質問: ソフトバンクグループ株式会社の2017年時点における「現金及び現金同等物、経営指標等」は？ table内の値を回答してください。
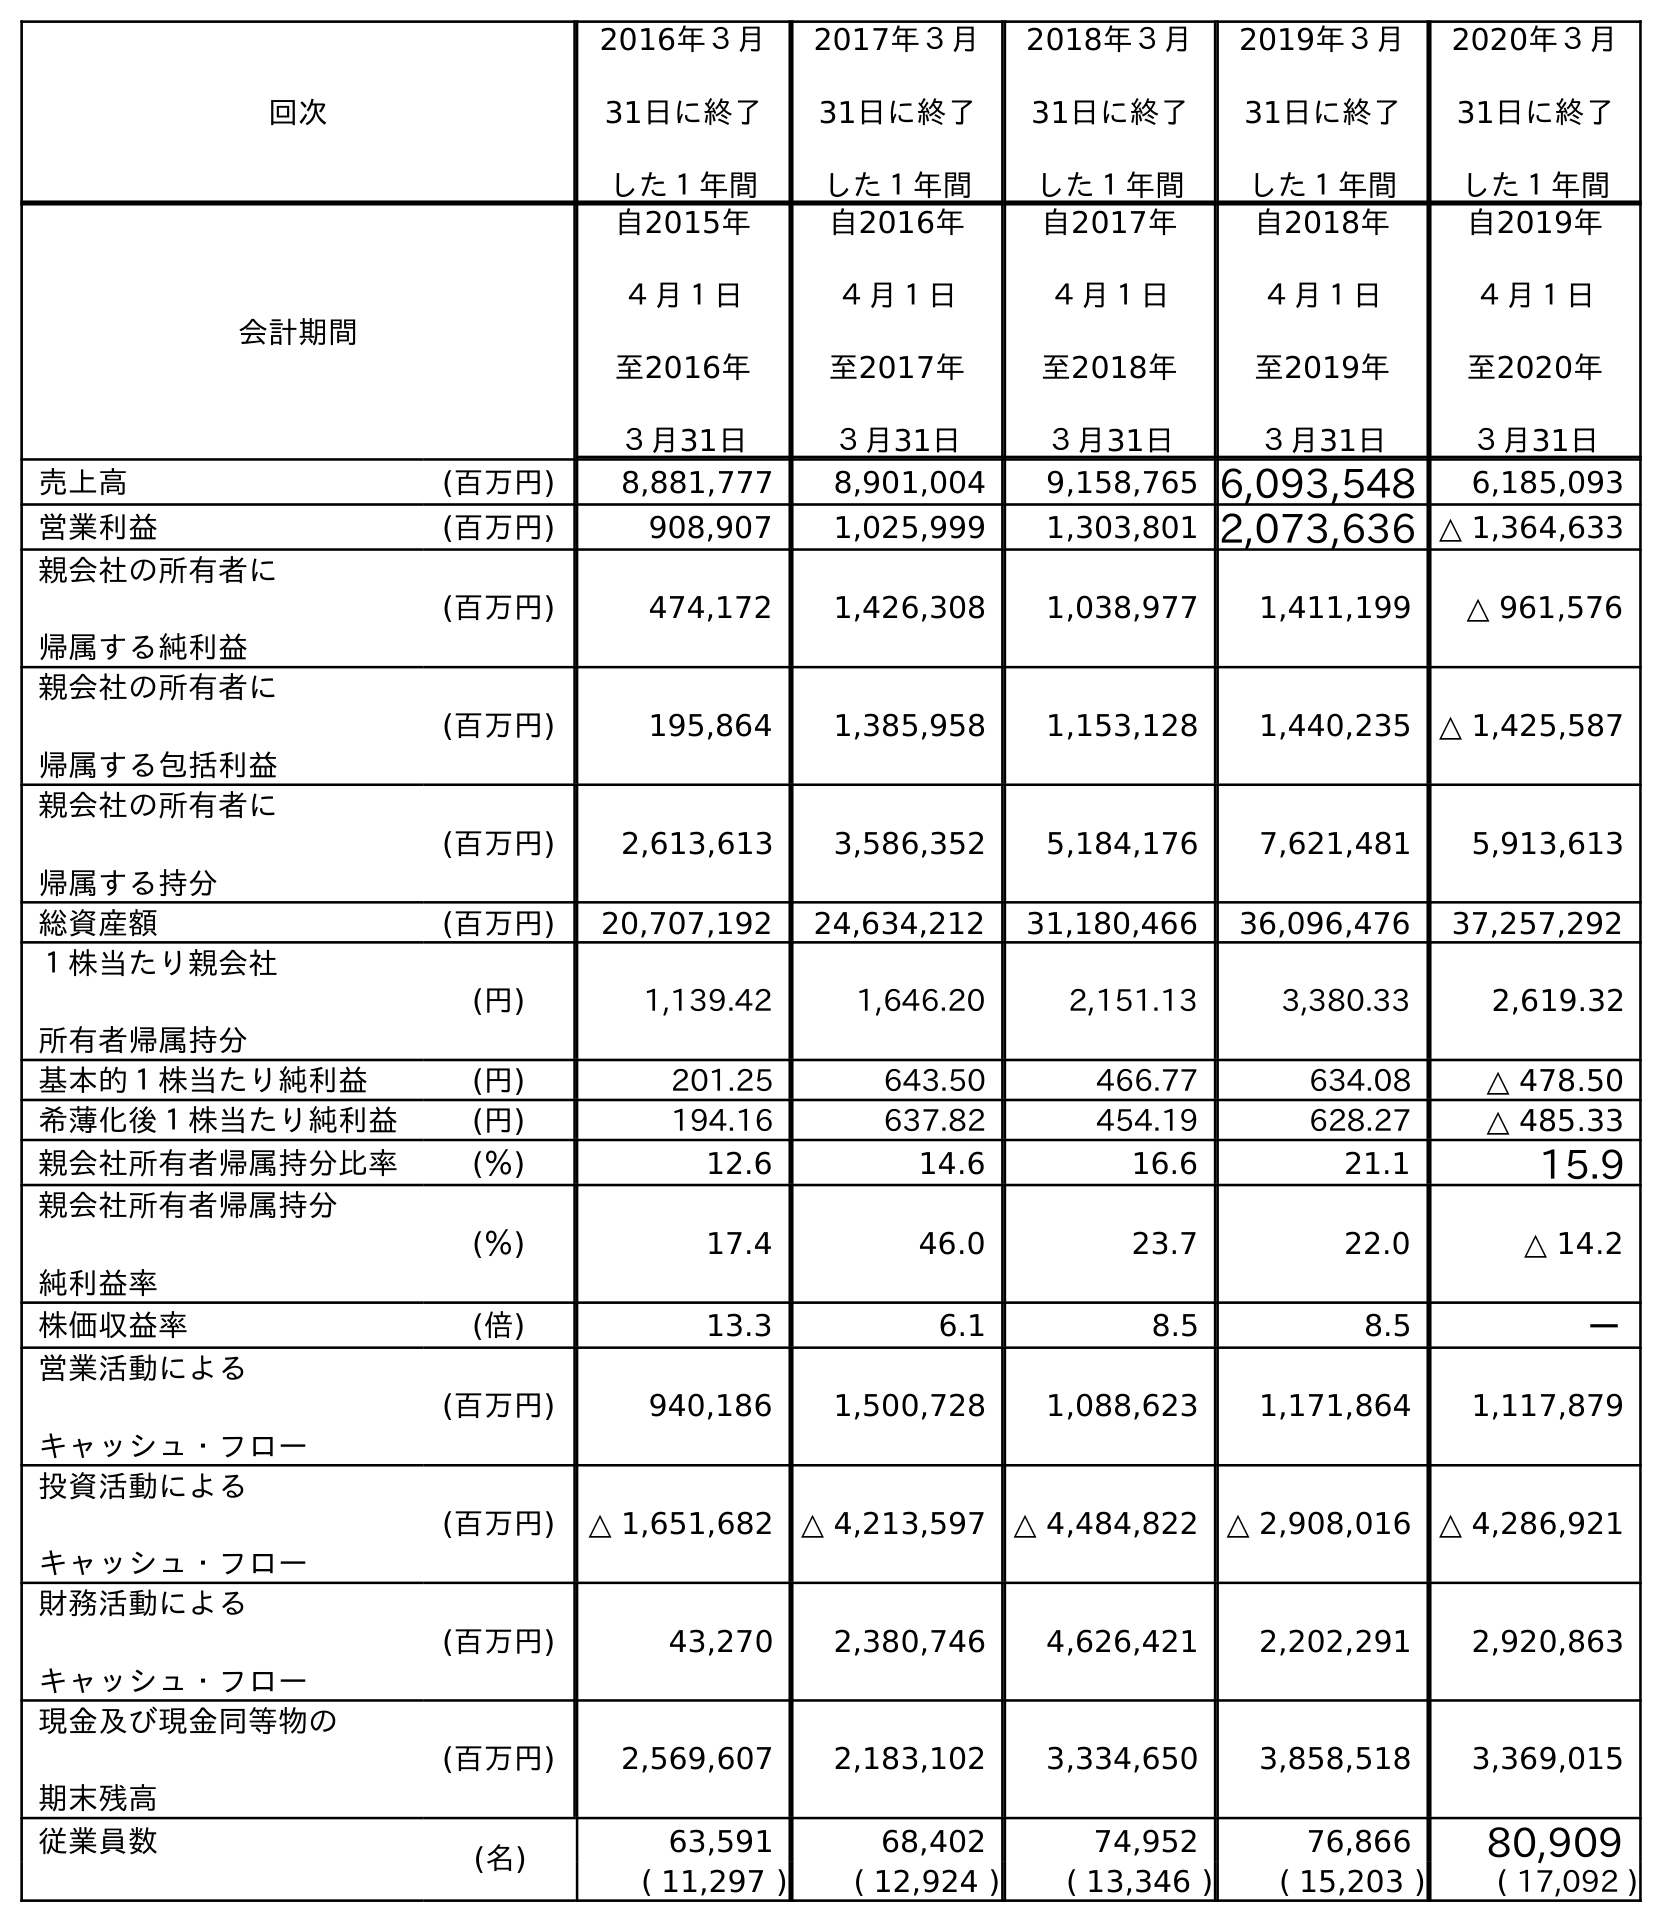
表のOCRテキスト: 回次 2016年３月 31日に終了 した１年間 2017年３月 31日に終了 した１年間 2018年３月 31日に終了 した１年間 2019年３月 31日に終了 した１年間 2020年３月 31日に終了 した１年間 会計期間 自2015年 ４月１日 至2016年 ３月31日 自2016年 ４月１日 至2017年 ３月31日 自2017年 ４月１日 至2018年 ３月31日 自2018年 ４月１日 至2019年 ３月31日 自2019年 ４月１日 至2020年 ３月31日 売上高 (百万円) 8,881,777 8,901,004 9,158,765 6,093,548 6,185,093 営業利益 (百万円) 908,907 1,025,999 1,303,801 2,073,636 △ 1,364,633 親会社の所有者に 帰属する純利益 (百万円) 474,172 1,426,308 1,038,977 1,411,199 △ 961,576 親会社の所有者に 帰属する包括利益 (百万円) 195,864 1,385,958 1,153,128 1,440,235 △ 1,425,587 親会社の所有者に 帰属する持分 (百万円) 2,613,613 3,586,352 5,184,176 7,621,481 5,913,613 総資産額 (百万円) 20,707,192 24,634,212 31,180,466 36,096,476 37,257,292 １株当たり親会社 所有者帰属持分 (円) 1,139.42 1,646.20 2,151.13 3,380.33 2,619.32 基本的１株当たり純利益 (円) 201.25 643.50 466.77 634.08 △ 478.50 希薄化後１株当たり純利益 (円) 194.16 637.82 454.19 628.27 △ 485.33 親会社所有者帰属持分比率 (％) 12.6 14.6 16.6 21.1 15.9 親会社所有者帰属持分 純利益率 (％) 17.4 46.0 23.7 22.0 △ 14.2 株価収益率 (倍) 13.3 6.1 8.5 8.5 － 営業活動による キャッシュ・フロー (百万円) 940,186 1,500,728 1,088,623 1,171,864 1,117,879 投資活動による キャッシュ・フロー (百万円) △ 1,651,682 △ 4,213,597 △ 4,484,822 △ 2,908,016 △ 4,286,921 財務活動による キャッシュ・フロー (百万円) 43,270 2,380,746 4,626,421 2,202,291 2,920,863 現金及び現金同等物の 期末残高 (百万円) 2,569,607 2,183,102 3,334,650 3,858,518 3,369,015 従業員数 (名) 63,591 68,402 74,952 76,866 80,909 ( 11,297 ) ( 12,924 ) ( 13,346 ) ( 15,203 ) ( 17,092 )
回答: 2,183,102